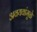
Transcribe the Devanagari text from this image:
अवयवांमुळे